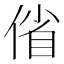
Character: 偗